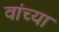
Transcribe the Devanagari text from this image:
वांच्या